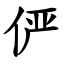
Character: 俨